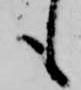
も